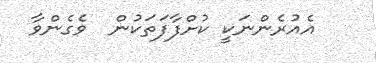
އެއުރެންނަކީ ކުށްފާފަތަކުން  ވެގެންވާ